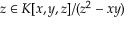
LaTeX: z \in K [ x , y , z ] / ( z ^ { 2 } - x y )